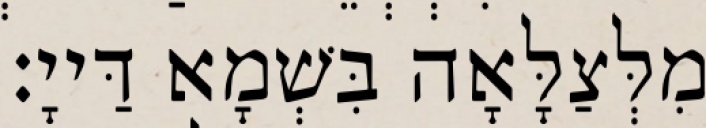
מִלְּצַלָּאָה בִּשְׁמָא דַּייָ׃